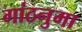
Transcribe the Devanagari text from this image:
गांठनुमा